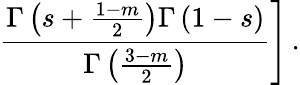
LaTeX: \left.\frac{\Gamma\left(s+\frac{1-m}{2}\right)\Gamma\left(1-s\right)}{\Gamma\left(\frac{3-m}{2}\right)}\right]\, .